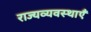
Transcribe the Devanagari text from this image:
राज्यव्यवस्थाएँ